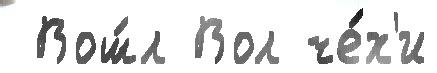
 Вош́л Вол че́х'и